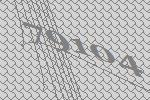
79104